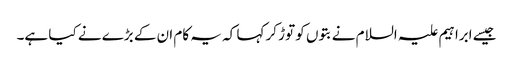
جیسے ابراہیم علیہ السلام نےبتوں کو توڑ کر کہا کہ یہ کام ان کے بڑے نے کیا ہے۔